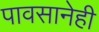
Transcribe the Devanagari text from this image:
पावसानेही